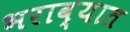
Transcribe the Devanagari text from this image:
भराव्यात